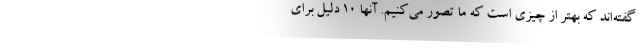
گفته‌اند که بهتر از چیزی است که ما تصور می‌کنیم. آنها ۱۰ دلیل برای